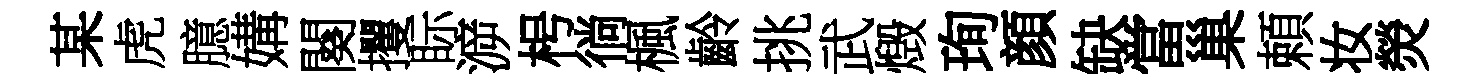
某虎臆媾闋攫眎㴑枵徜楓齡挑武燬珣顔缺當巢頼妆熒